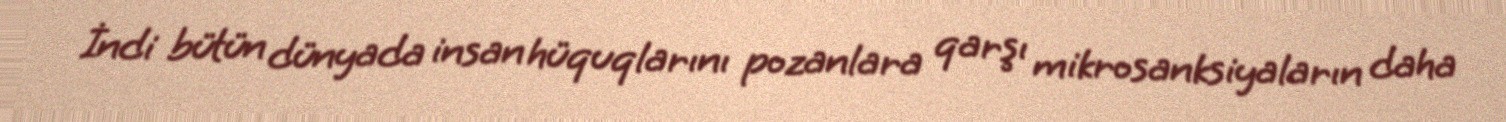
İndi bütün dünyada insan hüquqlarını pozanlara qarşı mikrosanksiyaların daha